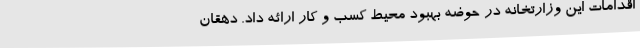
اقدامات این وزارتخانه در حوضه بهبود محیط کسب و کار ارائه داد. دهقان